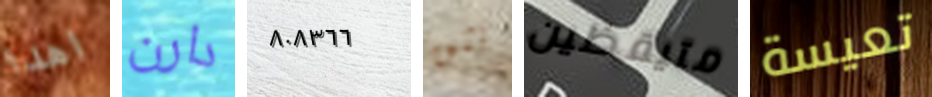
اهدا دارن ٨٠٨٣٦٦ نثق متيقظين تعيسة